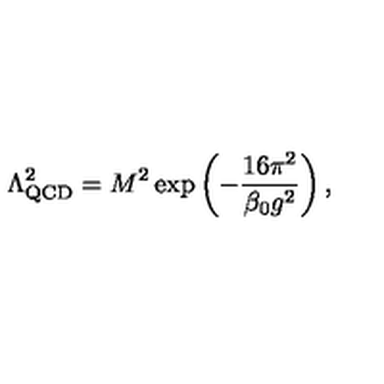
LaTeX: \Lambda _ { \mathrm { Q C D } } ^ { 2 } = M ^ { 2 } \exp \left( - \frac { 1 6 \pi ^ { 2 } } { \beta _ { 0 } g ^ { 2 } } \right) ,